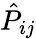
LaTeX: \hat{P}_{ij}